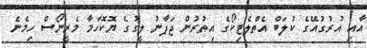
އާއި އުރުގުއޭގެ ކުލަބް އެތްލެޓިކޯގެ އިތުރުން ޖަޕާނު ލީގުގެ ޔޮކޮހާމާ މެރީނޯސް ހިމެނެ